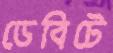
ডেবিটে